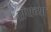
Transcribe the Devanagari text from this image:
रॉयच्या